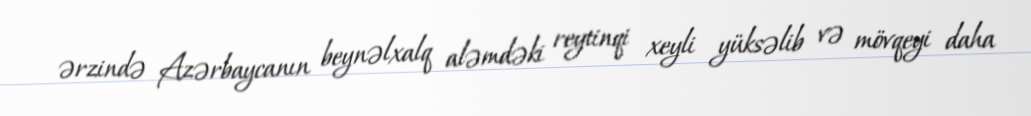
ərzində Azərbaycanın beynəlxalq aləmdəki reytinqi xeyli yüksəlib və mövqeyi daha